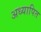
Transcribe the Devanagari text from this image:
अध्यापित